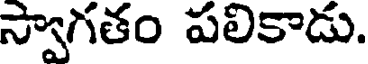
స్వాగతం పలికాడు.